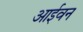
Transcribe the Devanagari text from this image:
आईवन